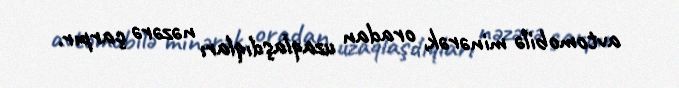
avtomobilə minərək, oradan uzaqlaşdıqları nəzərə çarpır.